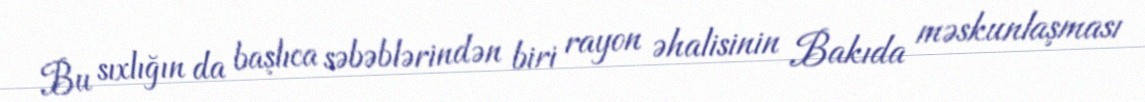
Bu sıxlığın da başlıca səbəblərindən biri rayon əhalisinin Bakıda məskunlaşması